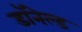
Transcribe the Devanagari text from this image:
डॉनेल्ड